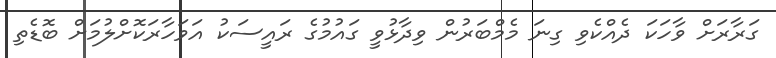
ގަރާރަށް ވާހަކަ ދެއްކެވި ގިނަ މެމްބަރުން ވިދާޅުވީ ގައުމުގެ ރައީސަކު އަވަހާރަކޮށްލުމަށް ބޮޑެތި